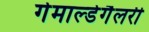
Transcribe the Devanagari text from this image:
गेमाल्डेगैलरी